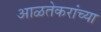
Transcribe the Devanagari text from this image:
आळतेकरांच्या